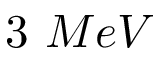
3 ~ M e V